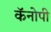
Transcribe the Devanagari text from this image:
कॅनोपी